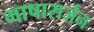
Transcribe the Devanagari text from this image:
भाषासर्जन